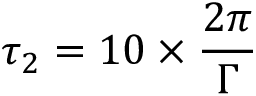
\tau _ { 2 } = 1 0 \times \frac { 2 \pi } { \Gamma }